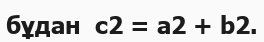
бұдан  c2 = a2 + b2.